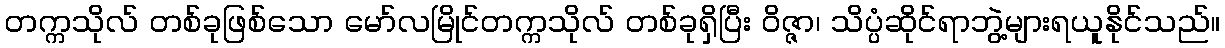
တက္ကသိုလ် တစ်ခုဖြစ်သော မော်လမြိုင်တက္ကသိုလ် တစ်ခုရှိပြီး ဝိဇ္ဇာ၊ သိပ္ပံဆိုင်ရာဘွဲ့များရယူနိုင်သည်။